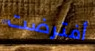
أفترضت